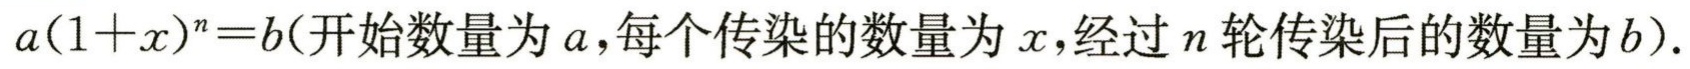
\(a(1 + x)^n = b(\text{开始数量为 }a\text{，每个传染的数量为 }x\text{，经过 }n\text{ 轮传染后的数量为 }b)\)